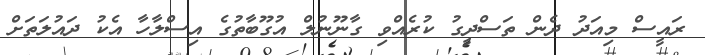
ރައީސް މިއަދު ދެން ތަސްދީގު ކުރެއްވި ގާނޫނުލް އުގޫބާތުގެ އިސްލާހާ އެކު ދައުލަތަށް